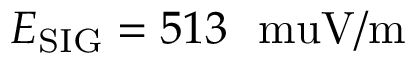
E _ { \mathrm { S I G } } = 5 1 3 ~ \mathrm { \ m u V / m }